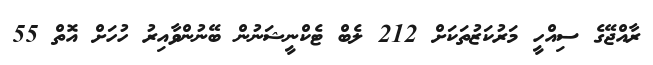
ރާއްޖޭގެ ސިއްހީ މަރުކަޒުތަކަށް 212 ލެބް ޓެކްނީޝަނުން ބޭނުންވާއިރު ހުހަށް އޮތް 55